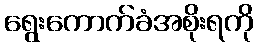
ရွေးကောက်ခံအစိုးရကို